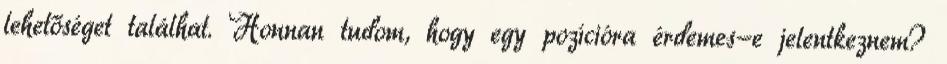
lehetőséget találhat. Honnan tudom, hogy egy pozícióra érdemes-e jelentkeznem?